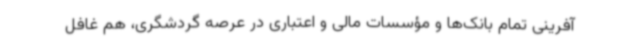
‌آفرینی تمام بانک‌ها و مؤسسات مالی و اعتباری در عرصه گردشگری، هم غافل